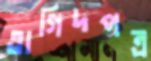
তাগিদপত্র